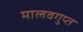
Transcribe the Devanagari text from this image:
मालवगुप्त